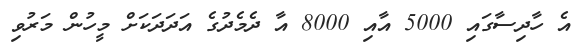
އެ ހާދިސާގައި 5000 އާއި 8000 އާ ދެމެދުގެ އަދަދަކަށް މީހުން މަރުވި